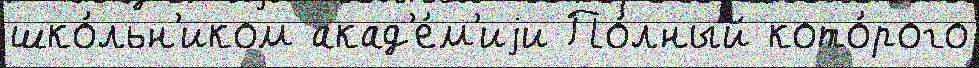
шко́льн'иком акад'е́м'иjи По́лный кото́рого